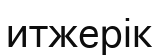
итжерік